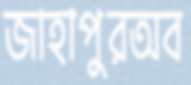
জাহাপুরঅব